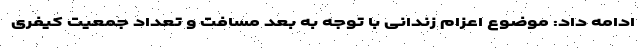
ادامه داد: موضوع اعزام زندانی با توجه به بعد مسافت و تعداد جمعیت کیفری